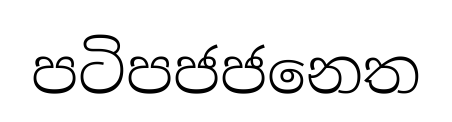
පටිපජජනෙත